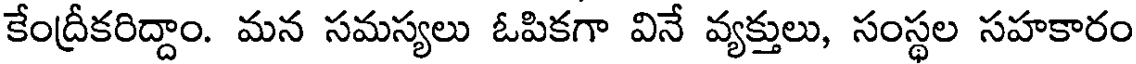
కేంద్రీకరిద్దాం. మన సమస్యలు ఓపికగా వినే వ్యక్తులు, సంస్థల సహకారం